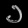
Digit: ၁